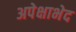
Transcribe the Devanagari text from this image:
अपेक्षाभेद